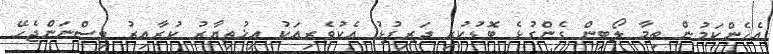
އެހެންކަމުން ތިމާ ލޯބިން ގެންގުޅެ ބޮޑުކުރި ދަރިފުޅު އެކުވެރިއަކު އިޚުތިޔާރު ކުރާއިރު ވިސްނަންޖެހޭ